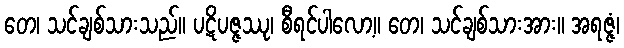
တေ၊ သင်ချစ်သားသည်။ ပဋိပဇ္ဇဿု၊ စီရင်ပါလော့။ တေ၊ သင်ချစ်သားအား။ အရဇ္ဇံ၊